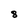
Character: 8